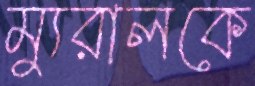
ম্যুরালকে